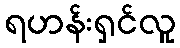
ရဟန်းရှင်လူ